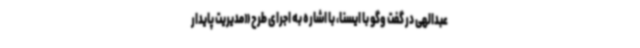
عبدالهی در گفت وگو با ایسنا، با اشاره به اجرای طرح «مدیریت پایدار